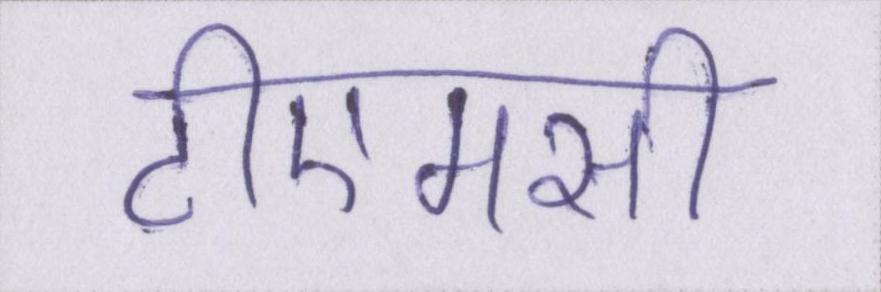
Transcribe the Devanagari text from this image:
टीएमसी